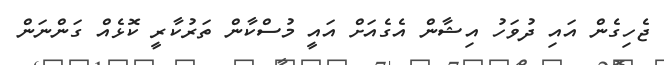
ޖެހިގެން އައި ދުވަހު އިޝާން އެގެއަށް އައީ މުސްކާން ތަރުކާރީ ކޮޅެއް ގަންނަން